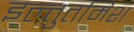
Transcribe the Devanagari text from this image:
इल्‍तुतमिश